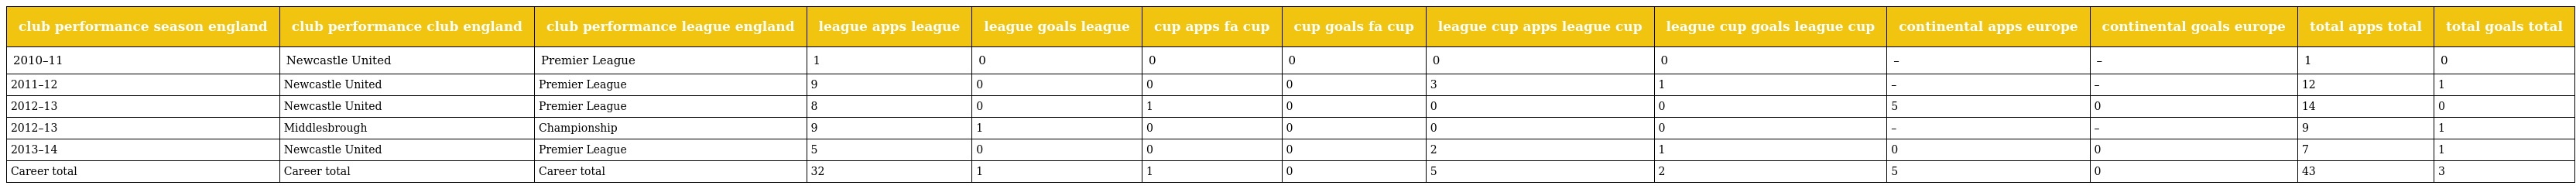
| club performance season england | club performance club england | club performance league england | league apps league | league goals league | cup apps fa cup | cup goals fa cup | league cup apps league cup | league cup goals league cup | continental apps europe | continental goals europe | total apps total | total goals total |
 | --- | --- | --- | --- | --- | --- | --- | --- | --- | --- | --- | --- | --- |
 | 2010–11 | Newcastle United | Premier League | 1 | 0 | 0 | 0 | 0 | 0 | – | – | 1 | 0 |
 | 2011–12 | Newcastle United | Premier League | 9 | 0 | 0 | 0 | 3 | 1 | – | – | 12 | 1 |
 | 2012–13 | Newcastle United | Premier League | 8 | 0 | 1 | 0 | 0 | 0 | 5 | 0 | 14 | 0 |
 | 2012–13 | Middlesbrough | Championship | 9 | 1 | 0 | 0 | 0 | 0 | – | – | 9 | 1 |
 | 2013–14 | Newcastle United | Premier League | 5 | 0 | 0 | 0 | 2 | 1 | 0 | 0 | 7 | 1 |
 | Career total | Career total | Career total | 32 | 1 | 1 | 0 | 5 | 2 | 5 | 0 | 43 | 3 |